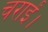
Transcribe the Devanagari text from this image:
चराईं।